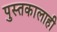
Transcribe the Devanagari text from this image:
पुस्तकालाही